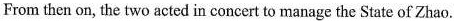
From then on, the two acted in concert to manage the State of Zhao.